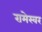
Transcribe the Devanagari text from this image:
रामेस्वर